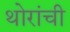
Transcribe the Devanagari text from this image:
थोरांची